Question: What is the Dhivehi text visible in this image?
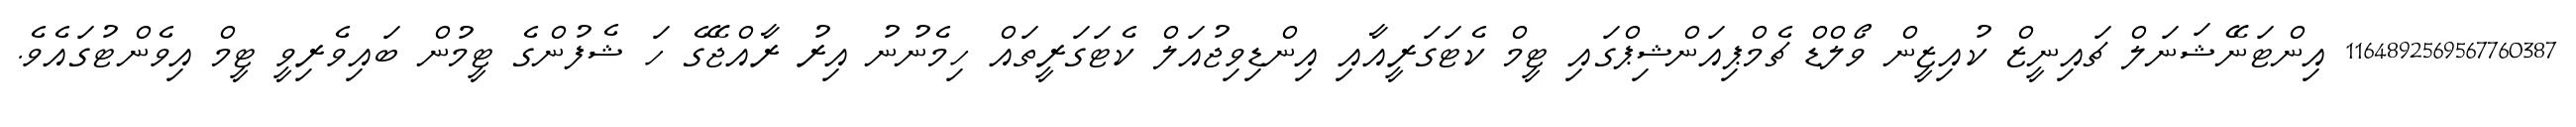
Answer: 1164892569567760387 އިންޓަނޭޝަނަލް ޗައިނީޒް ކުއިޒީން ވޯލްޑް ޗެމްޕިއަންޝިޕްގައި ޓީމް ކެޓަގަރީއާއި އިންޑިވިޖުއަލް ކެޓަގަރީތައް ހިމެނުނު އިރު ރާއްޖޭގެ ހަ ޝެފުންގެ ޓީމުން ބައިވެރިވީ ޓީމް އިވެންޓުގައެވެ.